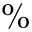
\%